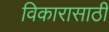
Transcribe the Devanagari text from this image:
विकारासाठी